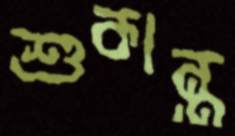
শুকান্ত